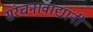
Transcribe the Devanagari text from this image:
संरचनावाद्यांनी